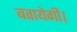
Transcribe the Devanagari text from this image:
बतायेगी।